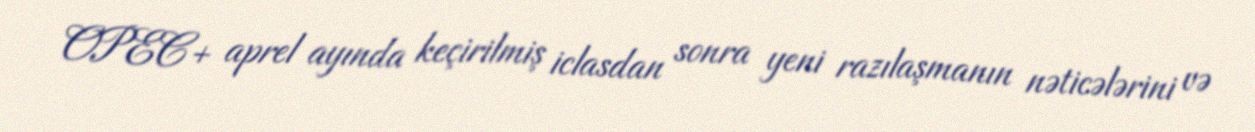
OPEC+ aprel ayında keçirilmiş iclasdan sonra yeni razılaşmanın nəticələrini və